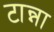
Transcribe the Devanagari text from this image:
टान्ना